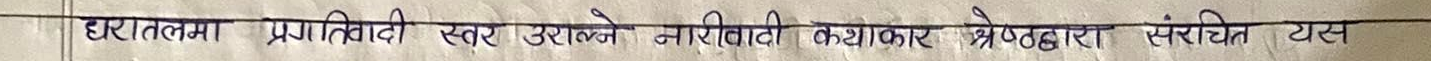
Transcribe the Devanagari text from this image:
द्वारातलमा प्रगतिवादी स्तर उरालने नारीवादी कथाकार श्रेष्ठद्वारा संरचित यस